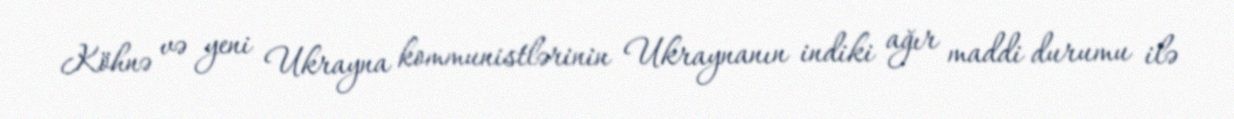
Köhnə və yeni Ukrayna kommunistlərinin Ukraynanın indiki ağır maddi durumu ilə